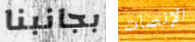
بجانبنا الإنصات